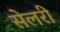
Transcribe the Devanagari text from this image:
सेलरी